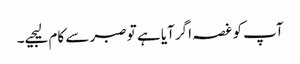
آپ کو غصہ اگر آیا ہے تو صبر سے کام لیجیے۔